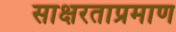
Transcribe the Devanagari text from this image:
साक्षरताप्रमाण